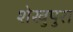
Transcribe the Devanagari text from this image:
शेखुपुरा